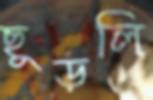
ছুড়লি